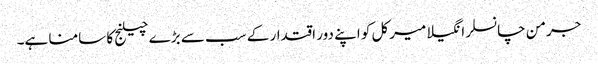
جرمن چانسلر انگیلا میرکل کو اپنے دور اقتدار کے سب سے بڑے چیلنج کا سامنا ہے۔